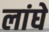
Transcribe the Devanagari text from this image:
लांघे